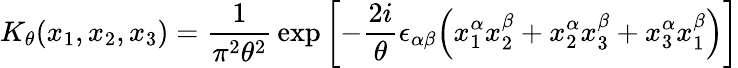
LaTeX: K_{\theta}(x_{1},x_{2},x_{3})=\frac{1}{\pi^{2}\theta^{2}}\, \exp\left[-\frac{2i}{\theta}\epsilon_{\alpha\beta}\Bigl(x_{1}^{\alpha}x_{2}^{\beta}+x_{2}^{\alpha}x_{3}^{\beta}+x_{3}^{\alpha}x_{1}^{\beta}\Bigr)\right]